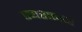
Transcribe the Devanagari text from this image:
एयराइडर